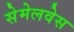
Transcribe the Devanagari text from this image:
सेमेलवेस